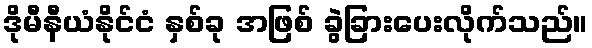
ဒိုမီနီယံနိုင်ငံ နှစ်ခု အဖြစ် ခွဲခြားပေးလိုက်သည်။